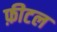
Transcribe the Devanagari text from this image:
फ़ीटल